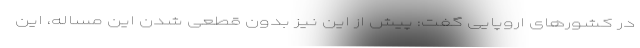
در کشورهای اروپایی گفت: پیش از این نیز بدون قطعی شدن این مساله، این